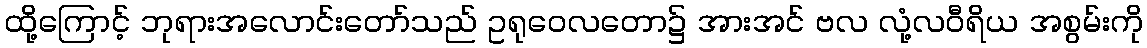
ထို့ကြောင့် ဘုရားအလောင်းတော်သည် ဥရုဝေလတော၌ အားအင် ဗလ လုံ့လဝီရိယ အစွမ်းကို